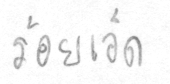
ร้อยเอ็ด